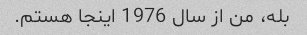
بله، من از سال 1976 اینجا هستم.